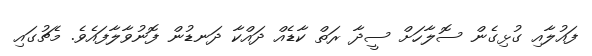
ފައުލާއި ގުޅިގެން ސޮލާހަށް ސީދާ ރަތް ކާޑެއް ދައްކާ ދަނޑުން ފޮނުވާލާފައެވެ. މެޗުގައި